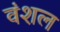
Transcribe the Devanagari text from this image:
वंशल